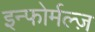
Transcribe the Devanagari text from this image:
इन्फोर्मल्ज़